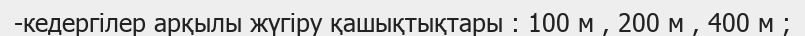
-кедергілер арқылы жүгіру қашықтықтары : 100 м , 200 м , 400 м ;